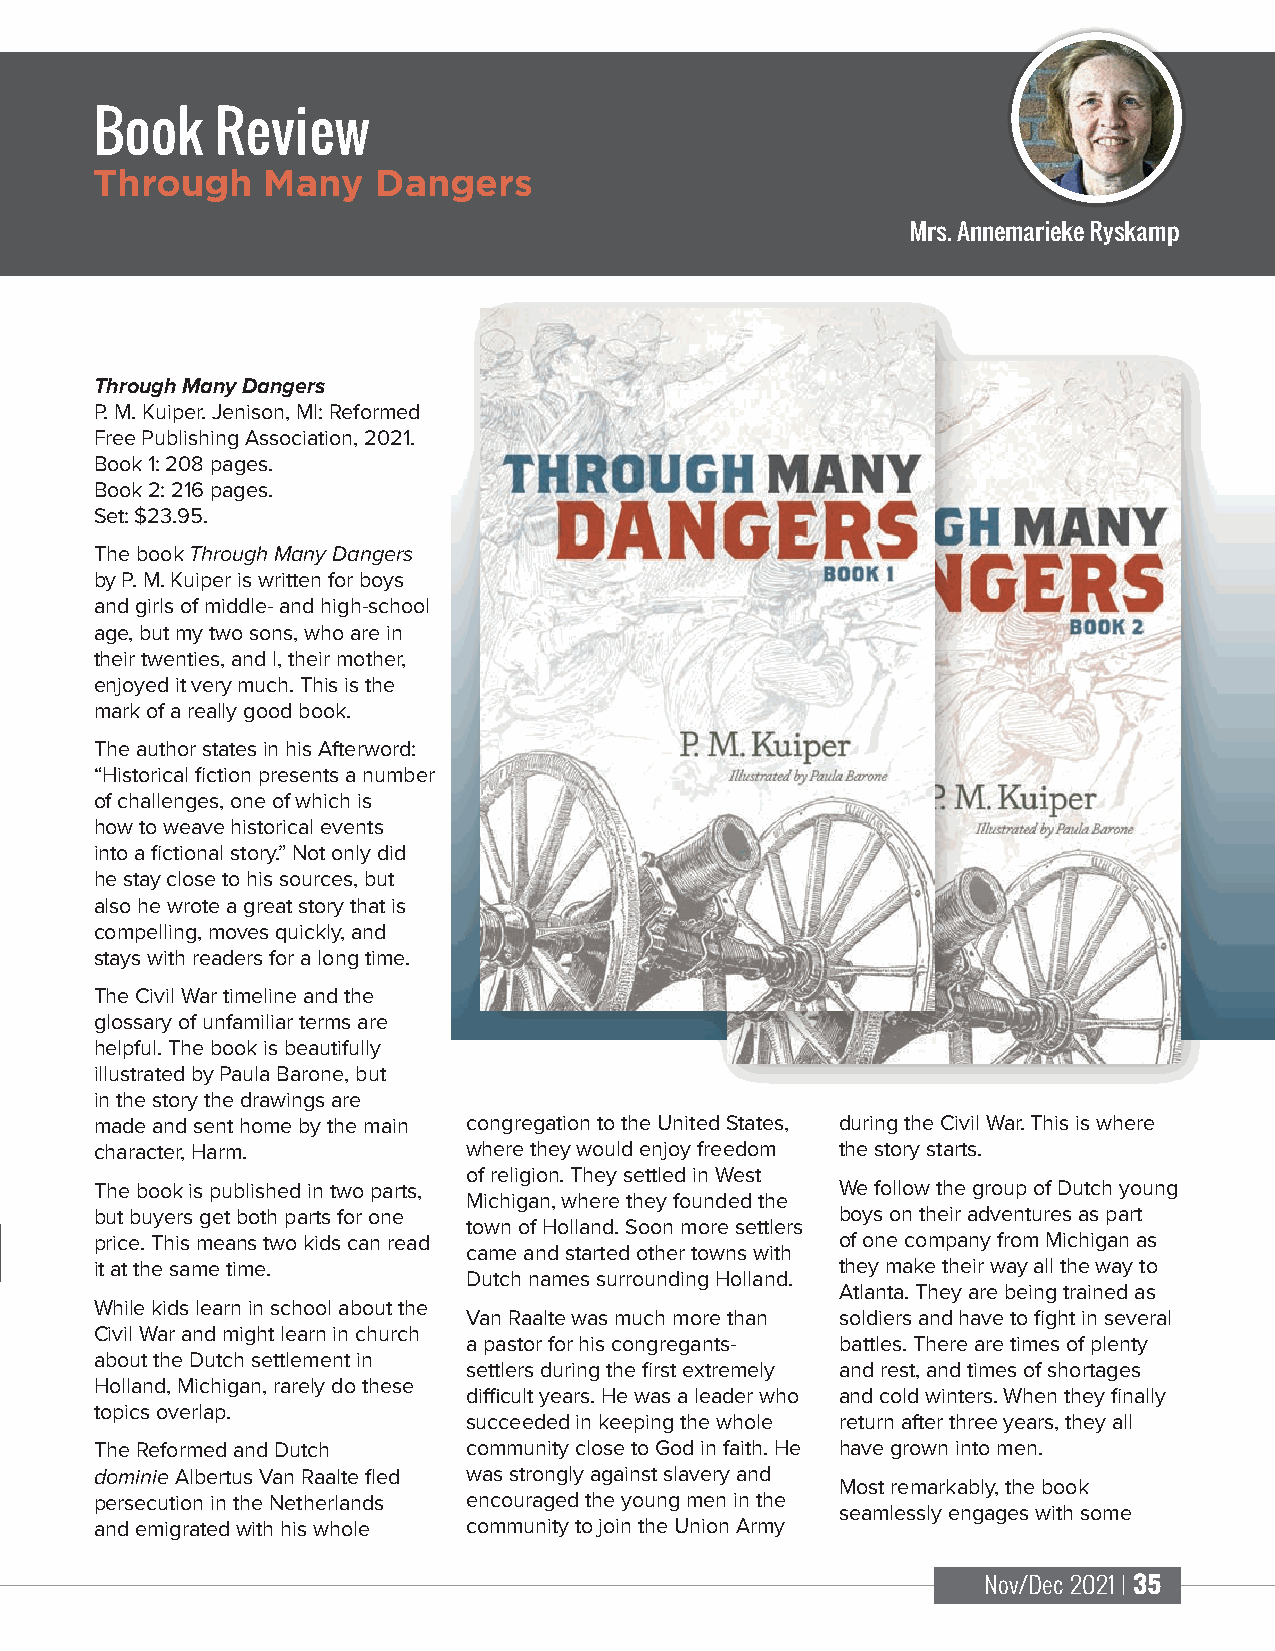
Book    Review
 Through    Many    Dangers
 Mrs. Annemarieke Ryskamp
 Through Many Dangers
 P. M. Kuiper. Jenison, MI: Reformed
 Free Publishing Association, 2021.
 Book 1: 208 pages.
 Book 2: 216 pages.
 Set: $23.95.
 The book Through Many Dangers
 by P. M. Kuiper is written for boys
 and girls of middle- and high-school
 age, but my two sons, who are in
 their twenties, and I, their mother,
 enjoyed it very much. This is the
 mark of a really good book.
 The author states in his Afterword:
 “Historical fiction presents a number
 of challenges, one of which is
 how to weave historical events
 into a fictional story.” Not only did
 he stay close to his sources, but
 also he wrote a great story that is
 compelling, moves quickly, and
 stays with readers for a long time.
 The Civil War timeline and the
 glossary of unfamiliar terms are
 helpful. The book is beautifully
 illustrated by Paula Barone, but
 in the story the drawings are
 made and sent home by the main congregation to the United States, during the Civil War. This is where
 character, Harm.         where they would enjoy freedom the story starts.
 of religion. They settled in West
 The book is published in two parts,               We follow the group of Dutch young
 Michigan, where they founded the
 but buyers get both parts for one                 boys on their adventures as part
 town of Holland. Soon more settlers
 price. This means two kids can read               of one company from Michigan as
 came and started other towns with
 it at the same time.                              they make their way all the way to
 Dutch names surrounding Holland.
 Atlanta. They are being trained as
 While kids learn in school about the
 Van Raalte was much more than soldiers and have to fight in several
 Civil War and might learn in church
 a pastor for his congregants- battles. There are times of plenty
 about the Dutch settlement in
 settlers during the first extremely and rest, and times of shortages
 Holland, Michigan, rarely do these
 difficult years. He was a leader who and cold winters. When they finally
 topics overlap.
 succeeded in keeping the whole return after three years, they all
 The Reformed and Dutch   community close to God in faith. He have grown into men.
 dominie Albertus Van Raalte fled was strongly against slavery and
 Most remarkably, the book
 persecution in the Netherlands encouraged the young men in the
 seamlessly engages with some
 and emigrated with his whole community to join the Union Army
 Nov/Dec 2021 | 35